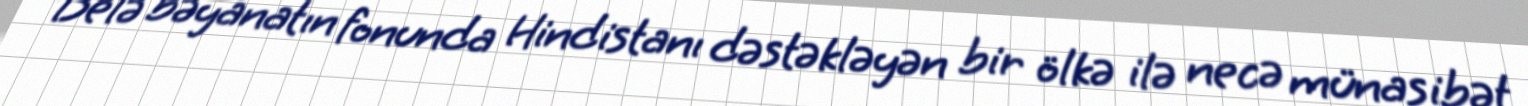
“Belə bəyanatın fonunda Hindistanı dəstəkləyən bir ölkə ilə necə münasibət